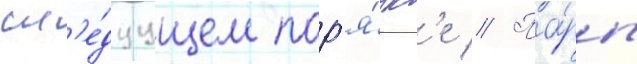
сл'е́дуущем пор'я́дк'е // Па́ры